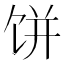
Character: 饼